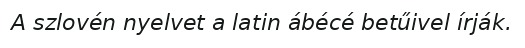
A szlovén nyelvet a latin ábécé betűivel írják.